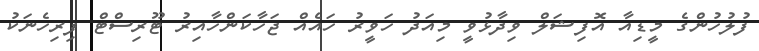
ފުލުހުންގެ މީޑިއާ އޮފިޝަލް ވިދާޅުވީ މިއަދު ހަވީރު ހައެއް ޖަހާކަންހާއިރު ޓޫރިސްޓް ފިރިހެނަކު